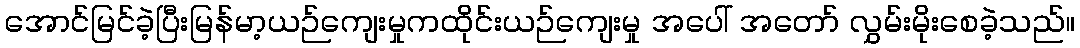
အောင်မြင်ခဲ့ပြီးမြန်မာ့ယဉ်ကျေးမှုကထိုင်းယဉ်ကျေးမှု အပေါ် အတော် လွှမ်းမိုးစေခဲ့သည်။